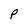
Character: p